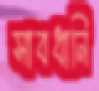
সাবধানি